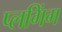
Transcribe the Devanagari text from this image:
प्लगिंग